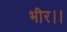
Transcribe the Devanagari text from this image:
भीर।।